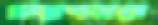
খারাপভাবে